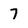
Character: 7